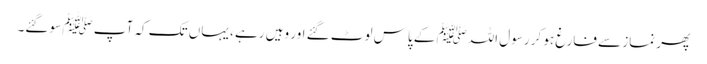
پھر نماز سے فارغ ہو کر رسول اللہﷺ کے پاس لوٹ گئے اور وہیں رہے ، یہاں تک کہ آپ ﷺ سو گئے۔